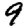
Digit: 9